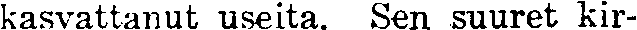
kasvattanut useita. Sen suuret kir-